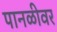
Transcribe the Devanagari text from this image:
पानळीवर